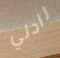
رادلي